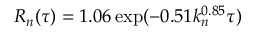
R _ { n } ( \tau ) = 1 . 0 6 \exp ( - 0 . 5 1 k _ { n } ^ { 0 . 8 5 } \tau )